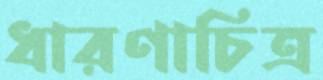
ধারণাচিত্র